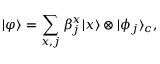
| \varphi \rangle = \sum _ { x , j } \beta _ { j } ^ { x } | x \rangle \otimes | \phi _ { j } \rangle _ { c } ,